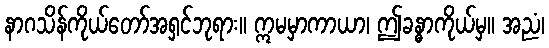
နာဂသိန်ကိုယ်တော်အရှင်ဘုရား။ ဣမမှာကာယာ၊ ဤခန္ဓာကိုယ်မှ။ အညံ၊